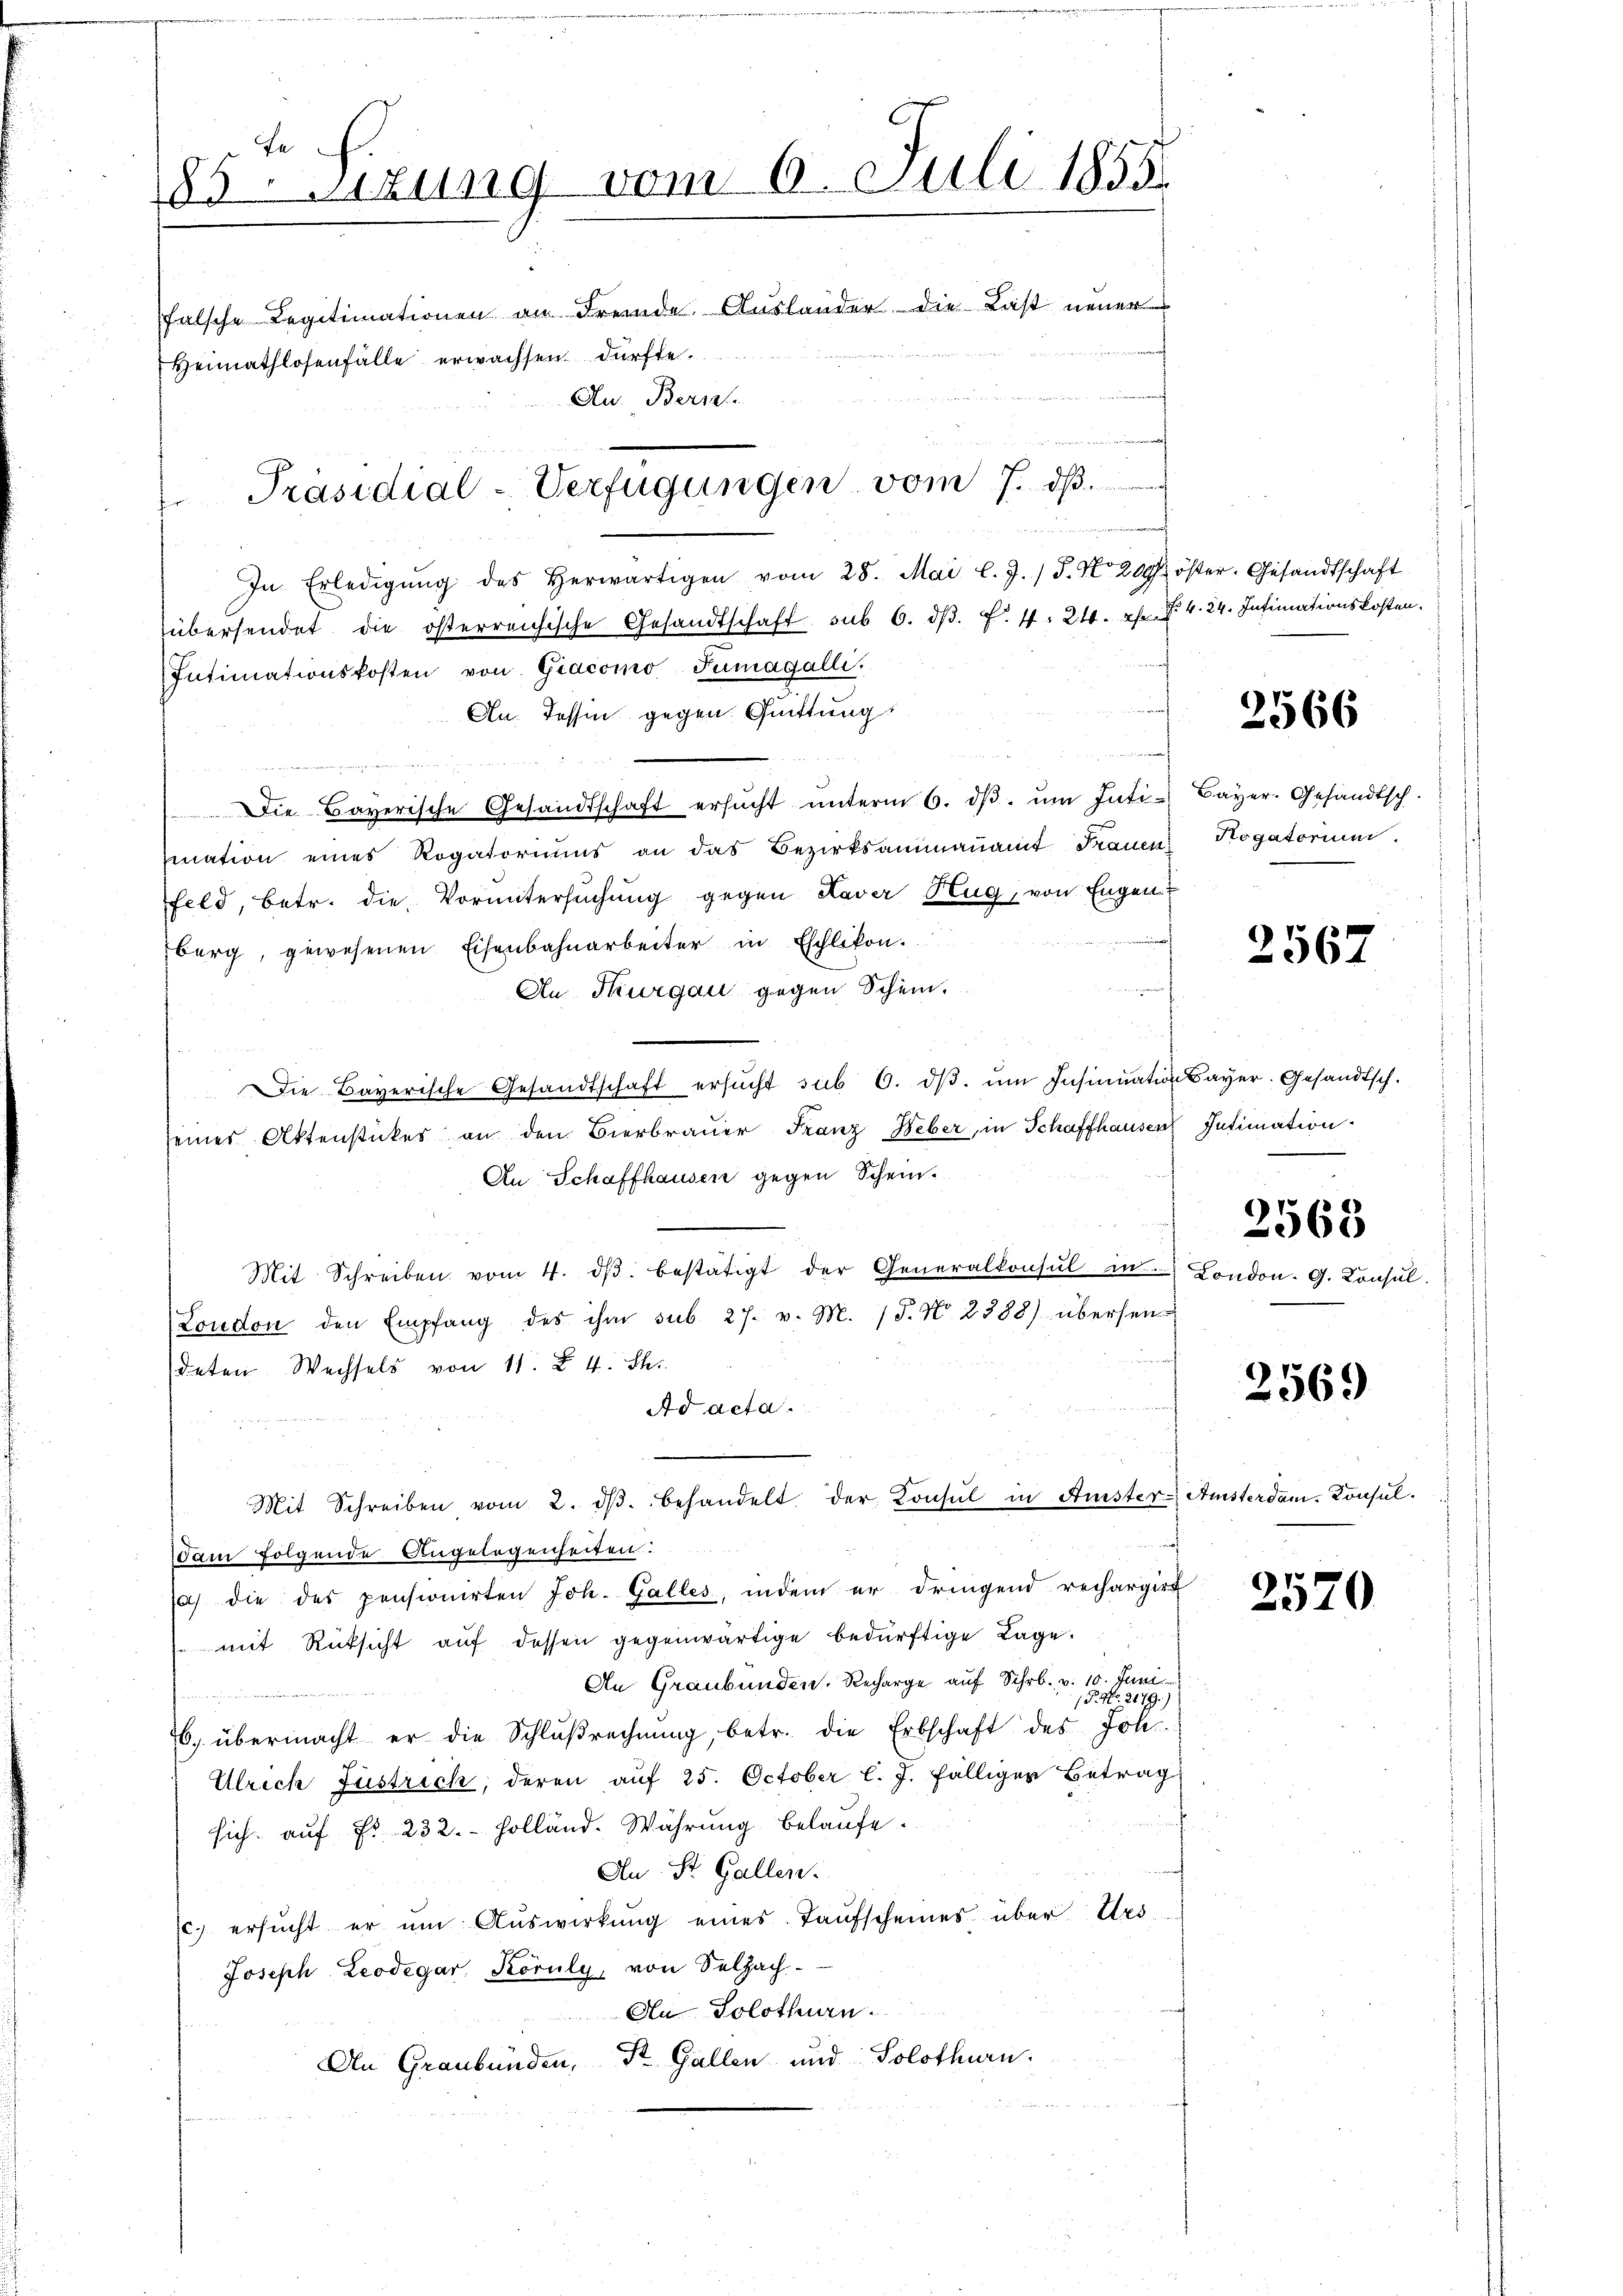
183. Sitzung vom 6. Juli 1855
falsche Legitimationen an Fremde. Auslander die Last neuer
Heimathlosenfälle erwachsen dürfte.
Au. Bern.
n
Präsidial-Verfügungen vom 7. dβ.
fingen.

In Erledigŭng des herwärtigen vom 28. Mai l. J. / 5. No. 209
übersendet die österreichische Gesandtschaft sub 6. dβ. f. 4. 24. pr.
Intimationskosten von Giacomo Tumagalli,
An. Tessin gegen Quittung
ge   den er mein
Die Bayerische Gesandtschaft ersŭcht ŭnterm 6. dβ. ŭm Inti-
mation eines Rogatoriums an das Bezirksammaṅamt Frauen
Feld, betr. die Voruntersuchung gegen Kaver Zug, von Engen
berg, gewesenen Eisenbahnarbeiter in Eschlikon.
An Thurgau gegen Schein,
Die Bayerische Gesandtschaft ersŭcht sub 6. dβ. ŭm Insinuation Bayer. Gesandtsch.
seines Aktenstückes an den Bierbrauer Franz Weber, in Schaffhausen Intimation
An Schaffhausen gegen Schein.
Mit Schreiben vom 4. dβ bestätigt der Generalkonsul in
(London den Empfang des ihm sub. 27. v. M. 18. No. 2388) übersen
deten Wechsels von 11. §. 4. St.
Ad acta.
Mit Schreiben vom 2. dβ. behandelt der Konsul in Anister-
am folgende Angelegenheiten:
a die des pensionirten Joh. Galles, indem er dringend rechargirt
 mit Rücksicht auf dessen gegenwärtige bedürftige Lage.
An Graubünden. Recharge auf Schr. v. 10. Juni
/5. No. 2179.)
6. übermacht er die Schlŭβrechnŭng, betr. die Erbschaft des Joh.
Ulrich Justrich, deren auf 25. October l. J. fälliger Betrag
sich aŭf Fr. 232. Holländ. Währung belaufe.
An St. Gallen.
c. ersŭcht er ŭm Aŭswirkŭng eines Taŭfscheines über Urs
Joseph Leodegar, Köruly, von Selzach
An Solothurn.
An Graubünden, St. Gallen und Solothurn

öster. Gesandtschaft
v. 24. Intimationskosten.

2566

Bayer. Gesandtsch.
Hogatorium.

2567

London. G. Konsul

2563

2569

Amsterdam. Konsul

2570